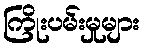
ကြိုးပမ်းမှုများ